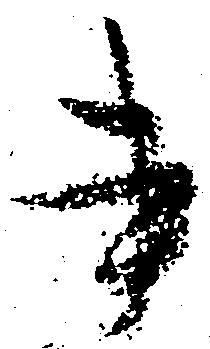
書